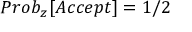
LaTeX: P r o b _ { z } [ A c c e p t ] = 1 / 2